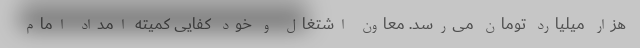
هزار میلیارد تومان می‌رسد. معاون اشتغال و خود کفایی کمیته امداد امام